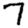
Digit: 7